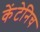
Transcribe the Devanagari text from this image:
केंटेनिच